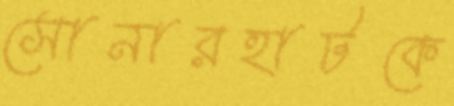
সোনারহাটকে